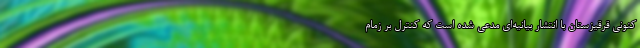
کنونی قرقیزستان با انتشار بیانیه‌ای مدعی شده است که کنترل بر زمام